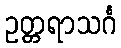
ဥတ္တရာသင်္ဂ